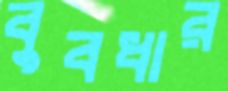
বুবধার